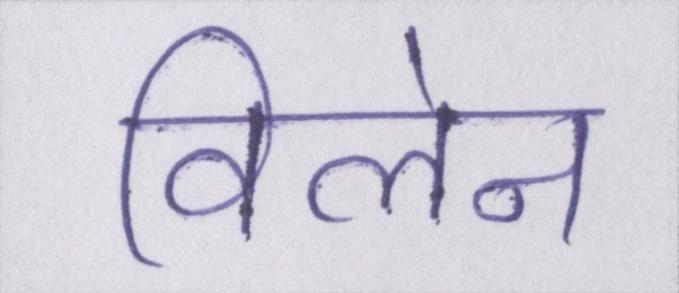
विलेन